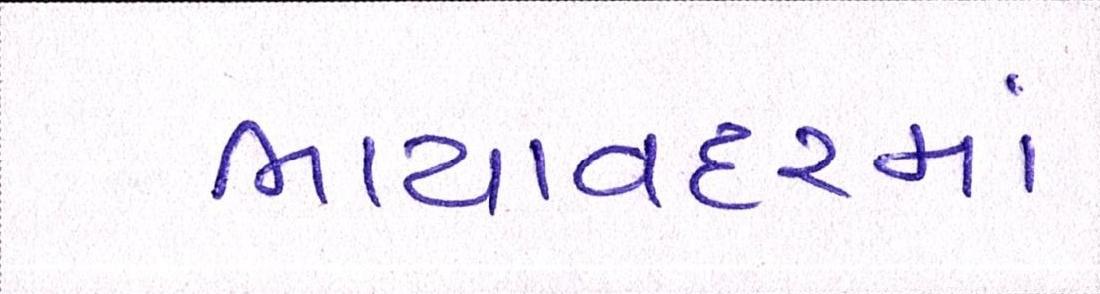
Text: ભાયાવદરમાં